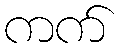
ကက်